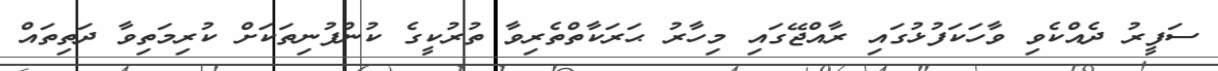
ސަފީރު ދެއްކެވި ވާހަކަފުޅުގައި ރާއްޖޭގައި މިހާރު ޙަރަކާތްތެރިވާ ތުރުކީގެ ކުންފުނިތަކަށް ކުރިމަތިވާ ދަތިތައް